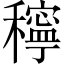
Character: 𥣗